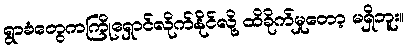
ရွာခံတွေကကြိုရှောင်လိုက်နိုင်လို့ ထိခိုက်မှုတော့ မရှိဘူး။